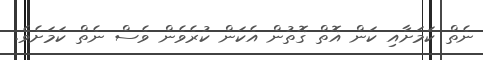
ނެތް ކަމަށާއި ކަން އޮތް ގޮތުން އެކަން ކުރެވެން ވެސް ނެތް ކަމަށެވެ.